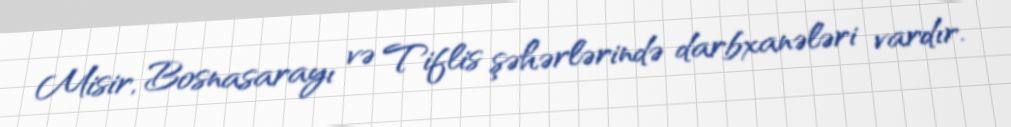
Misir, Bosnasarayı və Tiflis şəhərlərində darbxanələri vardır.